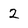
Character: 2